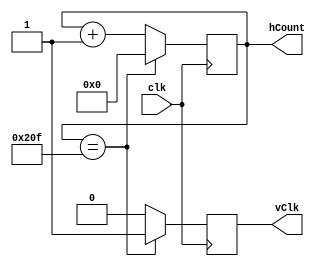
`timescale 1ns / 1ps

module hCounter(
    input clk,
    output reg [9:0] hCount = 0,
    output reg vClk
    );
    always @(posedge clk) begin
        if(hCount == 10'b10_0000_1111) begin
            hCount <= 10'b00_0000_0000;
            vClk <= 1'b1;
        end
        else begin
            hCount <= hCount + 1'b1;
            vClk <= 1'b0;
        end
    end
endmodule